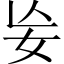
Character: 𡚶